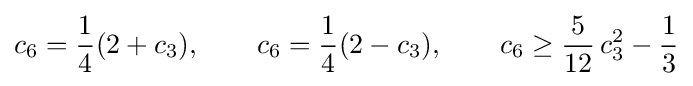
c_{6}={\frac {1}{4}}(2+c_{3}),\qquad c_{6}={\frac {1}{4}}(2-c_{3}),\qquad c_{6}\geq {\frac {5}{12}}\,c_{3}^{2}-{\frac {1}{3}}